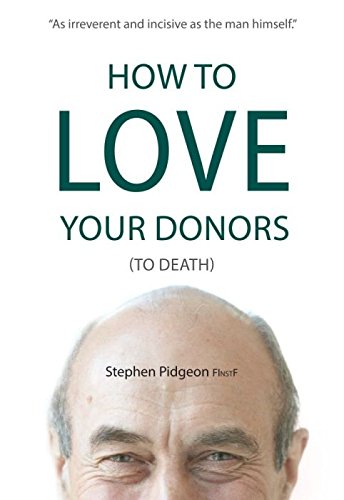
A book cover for How to Love Your Donors (to Death); Stephen Pidgeon; Politics & Social Sciences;